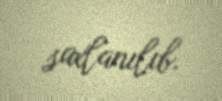
saxlanılıb.